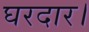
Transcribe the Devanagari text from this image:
घरदार।